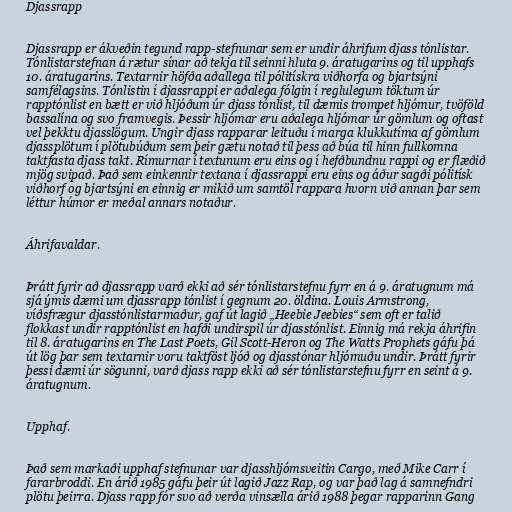
Djassrapp

Djassrapp er ákveðin tegund rapp-stefnunar sem er undir áhrifum djass tónlistar.
Tónlistarstefnan á rætur sínar að tekja til seinni hluta 9. áratugarins og til upphafs
10. áratugarins. Textarnir höfða aðallega til pólitískra viðhorfa og bjartsýni
samfélagsins. Tónlistin í djassrappi er aðalega fólgin í reglulegum töktum úr
rapptónlist en bætt er við hljóðum úr djass tónlist, til dæmis trompet hljómur, tvöföld
bassalína og svo framvegis. Þessir hljómar eru aðalega hljómar úr gömlum og oftast
vel þekktu djasslögum. Ungir djass rapparar leituðu í marga klukkutíma af gömlum
djassplötum í plötubúðum sem þeir gætu notað til þess að búa til hinn fullkomna
taktfasta djass takt. Rímurnar í textunum eru eins og í hefðbundnu rappi og er flæðið
mjög svipað. Það sem einkennir textana í djassrappi eru eins og áður sagði pólitísk
viðhorf og bjartsýni en einnig er mikið um samtöl rappara hvorn við annan þar sem
léttur húmor er meðal annars notaður.

Áhrifavaldar.

Þrátt fyrir að djassrapp varð ekki að sér tónlistarstefnu fyrr en á 9. áratugnum má
sjá ýmis dæmi um djassrapp tónlist í gegnum 20. öldina. Louis Armstrong,
víðsfrægur djasstónlistarmaður, gaf út lagið „Heebie Jeebies“ sem oft er talið
flokkast undir rapptónlist en hafði undirspil úr djasstónlist. Einnig má rekja áhrifin
til 8. áratugarins en The Last Poets, Gil Scott-Heron og The Watts Prophets gáfu þá
út lög þar sem textarnir voru taktföst ljóð og djasstónar hljómuðu undir. Þrátt fyrir
þessi dæmi úr sögunni, varð djass rapp ekki að sér tónlistarstefnu fyrr en seint á 9.
áratugnum.

Upphaf.

Það sem markaði upphaf stefnunar var djasshljómsveitin Cargo, með Mike Carr í
fararbroddi. En árið 1985 gáfu þeir út lagið Jazz Rap, og var það lag á samnefndri
plötu þeirra. Djass rapp fór svo að verða vinsælla árið 1988 þegar rapparinn Gang